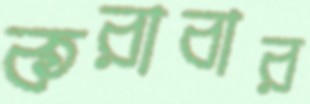
করাবার